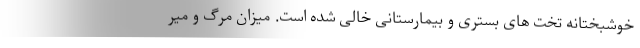
خوشبختانه تخت های بستری و بیمارستانی خالی شده است. میزان مرگ و میر